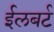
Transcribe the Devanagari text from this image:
ईलबर्ट